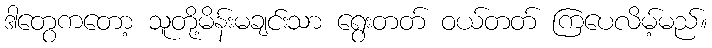
ဒါတွေကတော့ သူတို့မိန်းမချင်းသာ ရွေးတတ် ဝယ်တတ် ကြပေလိမ့်မည်။